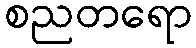
စညတရော